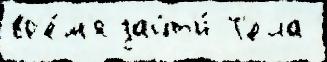
вр'е́м'я зайт'и́ Т'ела